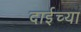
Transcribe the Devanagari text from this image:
दाईच्या